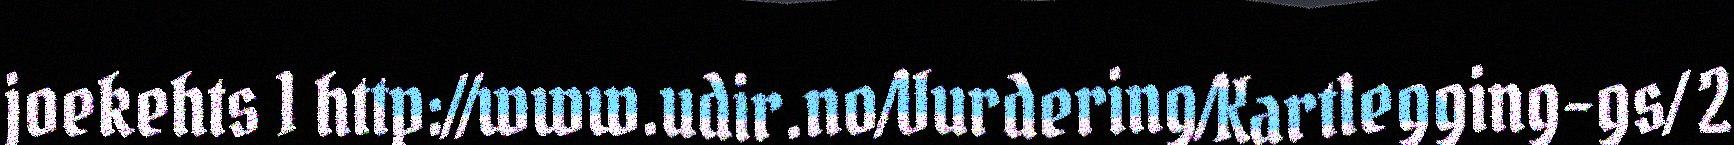
joekehts 1 http://www.udir.no/Vurdering/Kartlegging-gs/ 2